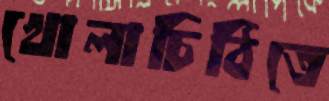
খোলাচিঠিতে